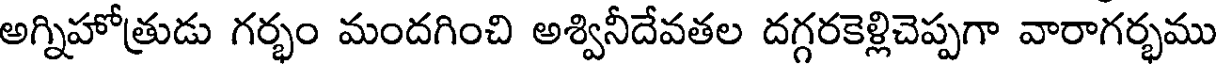
అగ్నిహోత్రుడు గర్భం మందగించి అశ్వినీదేవతల దగ్గరకెళ్లిచెప్పగా వారాగర్భము